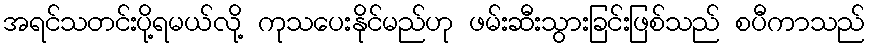
အရင်သတင်းပို့ရမယ်လို့ ကုသပေးနိုင်မည်ဟု ဖမ်းဆီးသွားခြင်းဖြစ်သည် စပီကာသည်